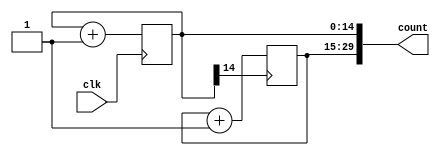
module async_counter_30(clk, count);
  input			clk;
  output 	[29:0]	count;
  reg		[14:0] 	count_a;
  reg           [14:0]  count_b;  
  initial count_a = 15'b0;
  initial count_b = 15'b0;
always @(negedge clk)
	count_a <= count_a + 1'b1;
always @(negedge count_a[14])
	count_b <= count_b + 1'b1;
assign count = {count_b, count_a};
endmodule